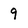
Character: 9